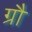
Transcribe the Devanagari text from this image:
ग्रौ